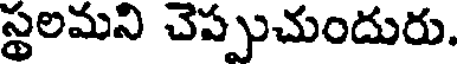
స్థలమని చెప్పుచుందురు.